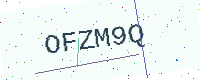
Text: OFZM9Q